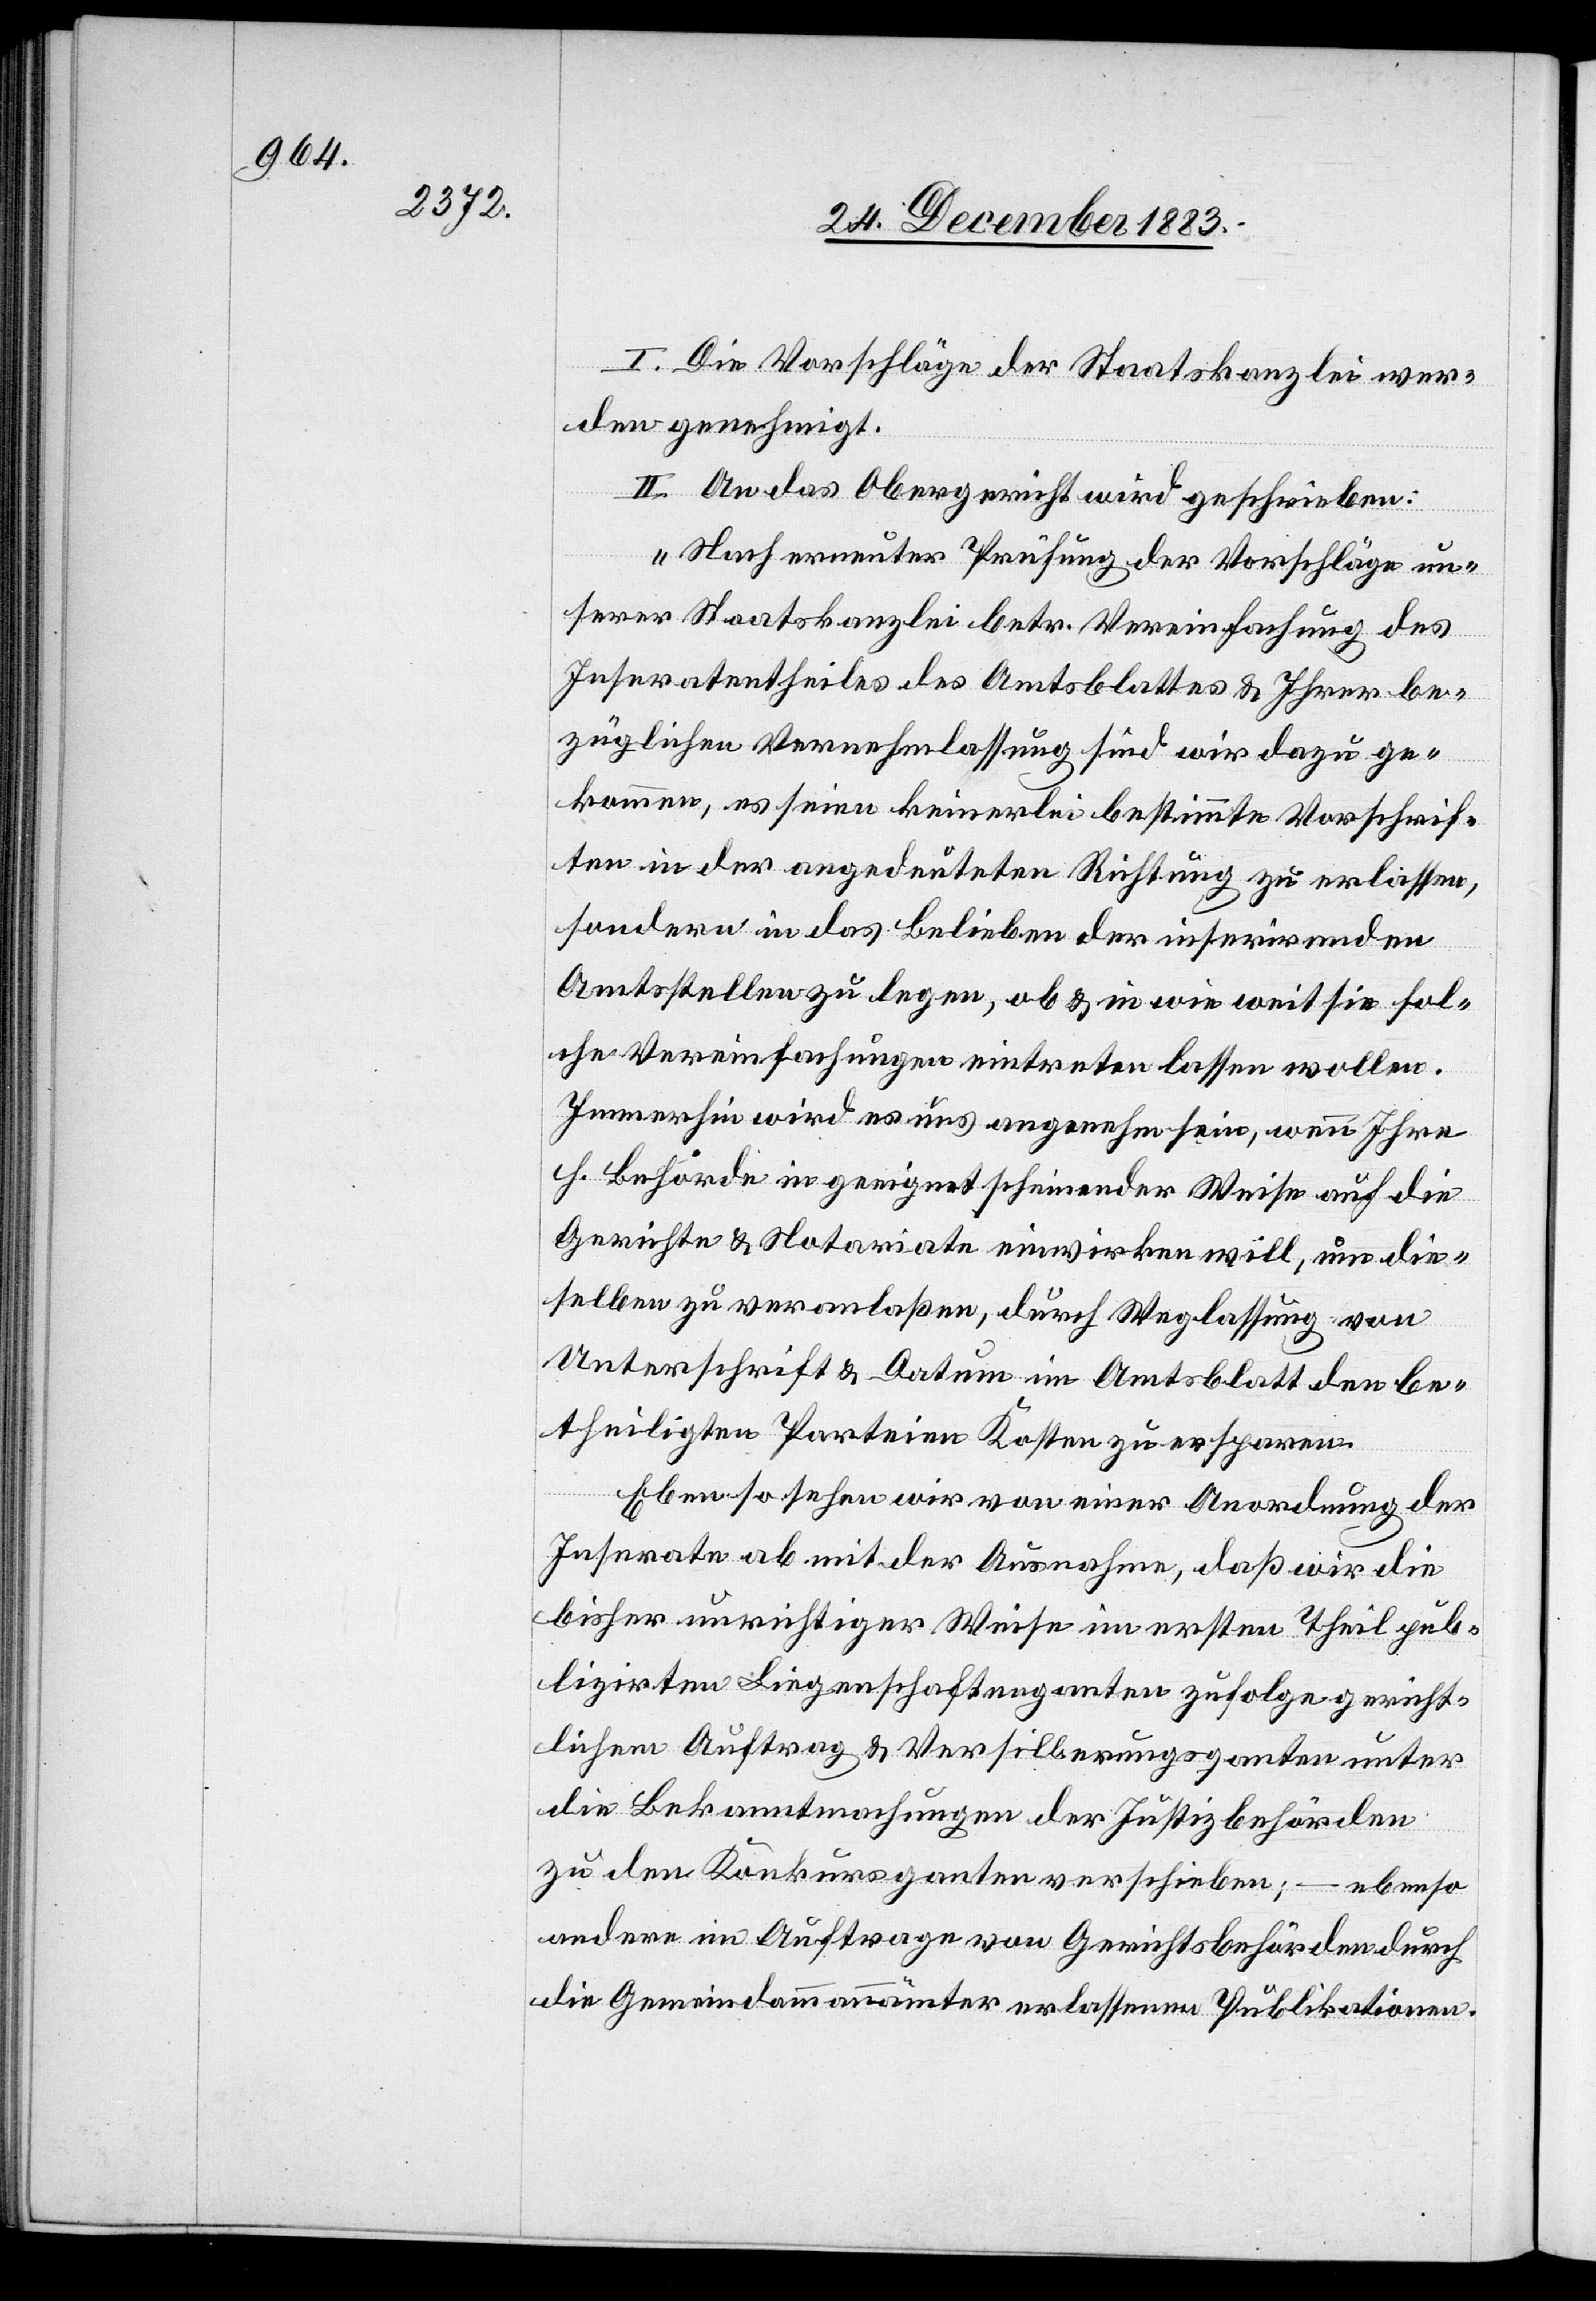
I. Die Vorschläge der Staatskanzlei wer¬
den genehmigt.
II. An das Obergericht wird geschrieben:
„Nach erneuter Prüfung der Vorschläge un¬
serer Staatskanzlei betr. Vereinfachung des
Inseratentheiles des Amtsblattes & Ihrer be¬
züglichen Vernehmlassungen sind wir dazu ge¬
kommen, es seien keinerlei bestimmte Vorschrif¬
ten in der angedeuteten Richtung zu erlassen,
sondern in das Belieben der inserirenden
Amtsstellen zu legen, ob & in wie weit sie sol¬
che Vereinfachungen eintreten lassen wollen.
Immerhin wird es uns angenehm sein, wenn Ihre
h. Behörde in geeignet scheinender Weise auf die
Gerichte & Notariate einwirken will, um die¬
selben zu veranlaßen, durch Weglassung von
Unterschrift & Datum im Amtsblatt den be¬
theiligten Parteien Kosten zu ersparen.
Ebenso sehen wir von einer Anordnung der
Inserate ab mit der Ausnahme, daß wir die
bisher unrichtiger Weise im ersten Theil pub¬
lizirten Liegenschaftenganten zufolge gericht¬
lichem Auftrag & Versilberungsganten unter
die Bekanntmachungen der Justizbehörden
zu den Konkursganten verschieben; – ebenso
andere im Auftrage von Gerichtsbehörden durch
die Gemeindammannämter erlassenen Publikationen.